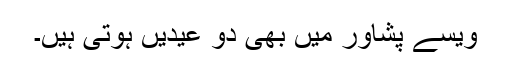
ویسے پشاور میں بھی دو عیدیں ہوتی ہیں۔